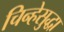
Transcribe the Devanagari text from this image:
चिन्हेसुद्धा